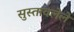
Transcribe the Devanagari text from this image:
सुस्तावलेले